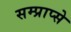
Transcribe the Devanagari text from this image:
सम्प्राप्से